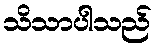
သိသာပါသည်